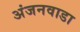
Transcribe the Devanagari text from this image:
अंजनवाडा